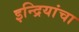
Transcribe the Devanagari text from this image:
इन्द्रियांचा